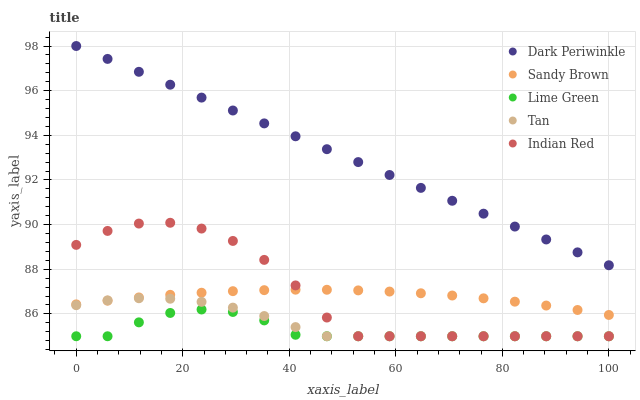
| xaxis_label | Dark Periwinkle | Sandy Brown | Lime Green | Tan | Indian Red |
 | --- | --- | --- | --- | --- | --- |
 | 0 | 98 | 86.4 | 85 | 86.4 | 89.1 |
 | 5.88 | 97.4 | 86.6 | 85 | 86.6 | 89.7 |
 | 11.8 | 96.8 | 86.7 | 85.6 | 86.7 | 90 |
 | 17.6 | 96.3 | 86.9 | 86 | 86.7 | 90.1 |
 | 23.5 | 95.7 | 86.9 | 86.2 | 86.5 | 89.8 |
 | 29.4 | 95.1 | 87 | 86.1 | 86.3 | 89.3 |
 | 35.3 | 94.5 | 87.1 | 85.7 | 85.9 | 88.4 |
 | 41.2 | 94 | 87.1 | 85.1 | 85.4 | 87.3 |
 | 47.1 | 93.4 | 87.1 | 85 | 85 | 85.8 |
 | 52.9 | 92.8 | 87.1 | 85 | 85 | 85 |
 | 58.8 | 92.2 | 87 | 85 | 85 | 85 |
 | 64.7 | 91.6 | 86.9 | 85 | 85 | 85 |
 | 70.6 | 91.1 | 86.8 | 85 | 85 | 85 |
 | 76.5 | 90.5 | 86.7 | 85 | 85 | 85 |
 | 82.4 | 89.9 | 86.5 | 85 | 85 | 85 |
 | 88.2 | 89.3 | 86.4 | 85 | 85 | 85 |
 | 94.1 | 88.8 | 86.2 | 85 | 85 | 85 |
 | 100 | 88.2 | 86 | 85 | 85 | 85 |